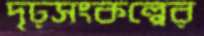
দৃঢ়সংকল্পের